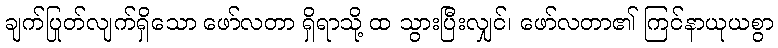
ချက်ပြုတ်လျက်ရှိသော ဖော်လတာ ရှိရာသို့ ထ သွားပြီးလျှင်၊ ဖော်လတာ၏ ကြင်နာယုယစွာ